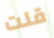
قلت